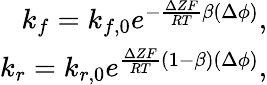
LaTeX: \begin{array}{r}{k_{f}=k_{f,0}e^{-\frac{\Delta ZF}{RT}\beta(\Delta\phi)},}\\ {k_{r}=k_{r,0}e^{\frac{\Delta ZF}{RT}(1-\beta)(\Delta\phi)},}\end{array}